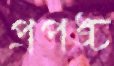
প্রপঙ্চ